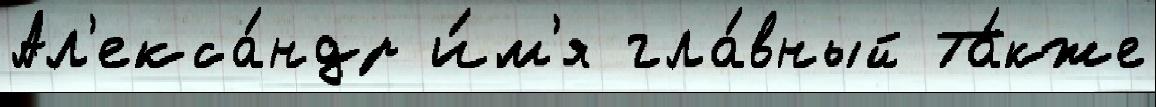
Ал'екса́ндр и́м'я гла́вный Та́кже